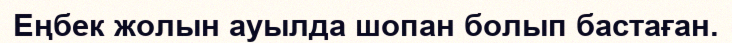
Еңбек жолын ауылда шопан болып бастаған.